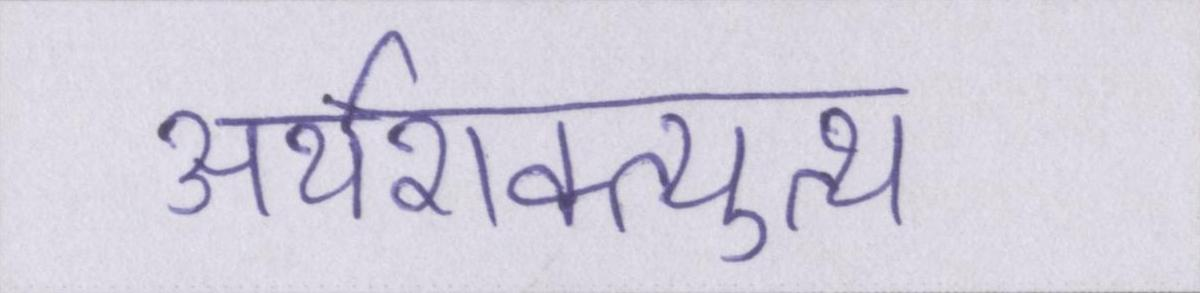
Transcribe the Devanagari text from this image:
अर्थशक्त्युत्थ